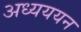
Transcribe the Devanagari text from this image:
अध्यययन